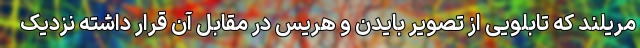
مریلند که تابلویی از تصویر بایدن و هریس در مقابل آن قرار داشته نزدیک